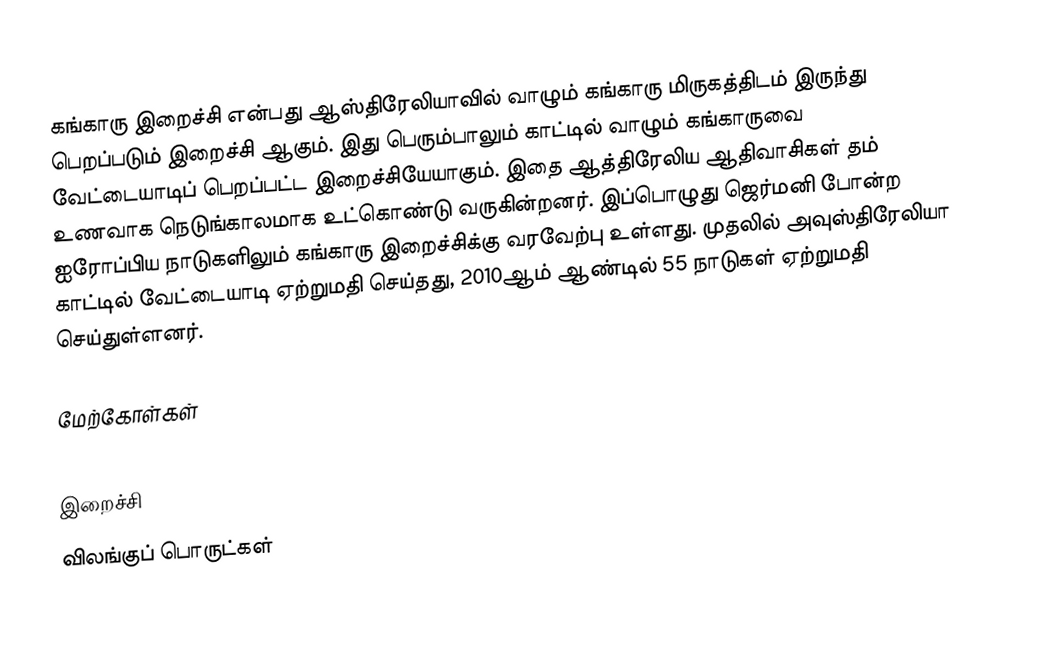
கங்காரு இறைச்சி என்பது ஆஸ்திரேலியாவில் வாழும் கங்காரு மிருகத்திடம் இருந்து பெறப்படும் இறைச்சி ஆகும். இது பெரும்பாலும் காட்டில் வாழும் கங்காருவை வேட்டையாடிப் பெறப்பட்ட இறைச்சியேயாகும்.  இதை ஆத்திரேலிய ஆதிவாசிகள் தம் உணவாக நெடுங்காலமாக உட்கொண்டு வருகின்றனர். இப்பொழுது ஜெர்மனி போன்ற ஐரோப்பிய நாடுகளிலும் கங்காரு இறைச்சிக்கு வரவேற்பு உள்ளது. முதலில் அவுஸ்திரேலியா காட்டில் வேட்டையாடி ஏற்றுமதி செய்தது, 2010ஆம் ஆண்டில் 55 நாடுகள் ஏற்றுமதி செய்துள்ளனர்.

மேற்கோள்கள்

இறைச்சி
விலங்குப் பொருட்கள்